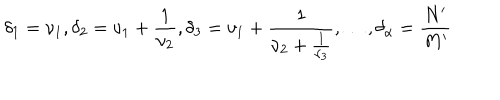
\delta _ { 1 } = \nu _ { 1 } , \delta _ { 2 } = \nu _ { 1 } + \frac { 1 } { \nu _ { 2 } } , \delta _ { 3 } = \nu _ { 1 } + \frac { 1 } { \nu _ { 2 } + \frac { 1 } { \nu _ { 3 } } } , \dots , \delta _ { \alpha } = \frac { N ^ { \prime } } { M ^ { \prime } }